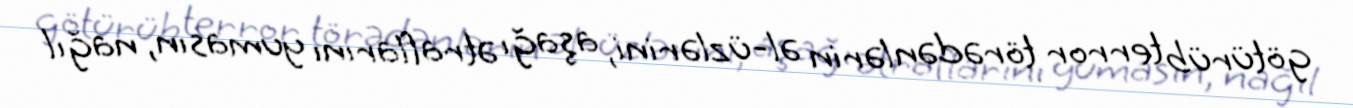
götürüb terror törədənlərin əl-üzlərini, aşağı ətraflarını yumasın, nağıl